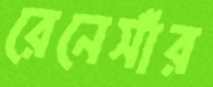
রেনেসাঁর